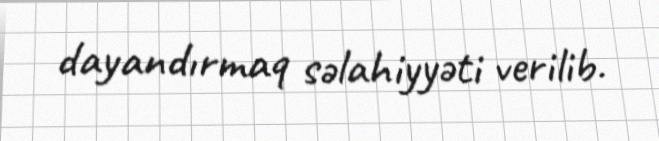
dayandırmaq səlahiyyəti verilib.